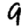
Digit: 9